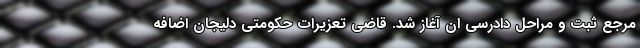
مرجع ثبت و مراحل دادرسی ان آغاز شد. قاضی تعزیرات حکومتی دلیجان اضافه